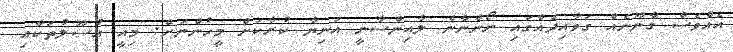
އެެއްވެސް ގާނޫނެއް ގަވާއިދެއްގައި ނޯންނާނެ ލާއިންސާނީ އަނިޔާ ކުރާކަށް މީހުންނަށް. މިއީ އުސޫލުތަކާއި